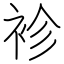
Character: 袗